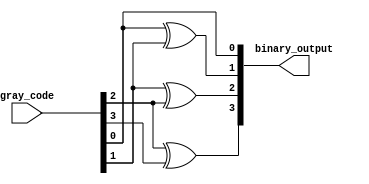
module gray_code_decoder (
    input wire [3:0] gray_code,
    output reg [3:0] binary_output
);

always @(*) begin
    binary_output[0] = gray_code[0];
    binary_output[1] = gray_code[0] ^ gray_code[1];
    binary_output[2] = gray_code[1] ^ gray_code[2];
    binary_output[3] = gray_code[2] ^ gray_code[3];
end

endmodule